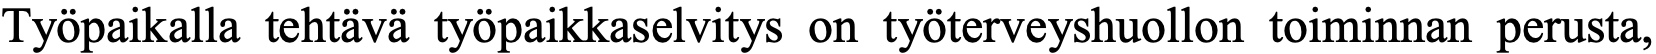
Työpaikalla tehtävä työpaikkaselvitys on työterveyshuollon toiminnan perusta,